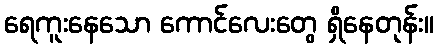
ရေကူးနေသော ကောင်လေးတွေ ရှိနေတုန်း။